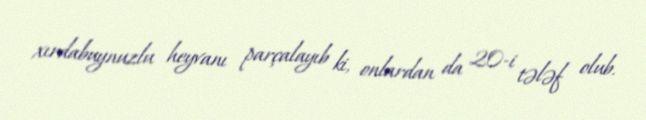
xırdabuynuzlu heyvanı parçalayıb ki, onlardan da 20-i tələf olub.